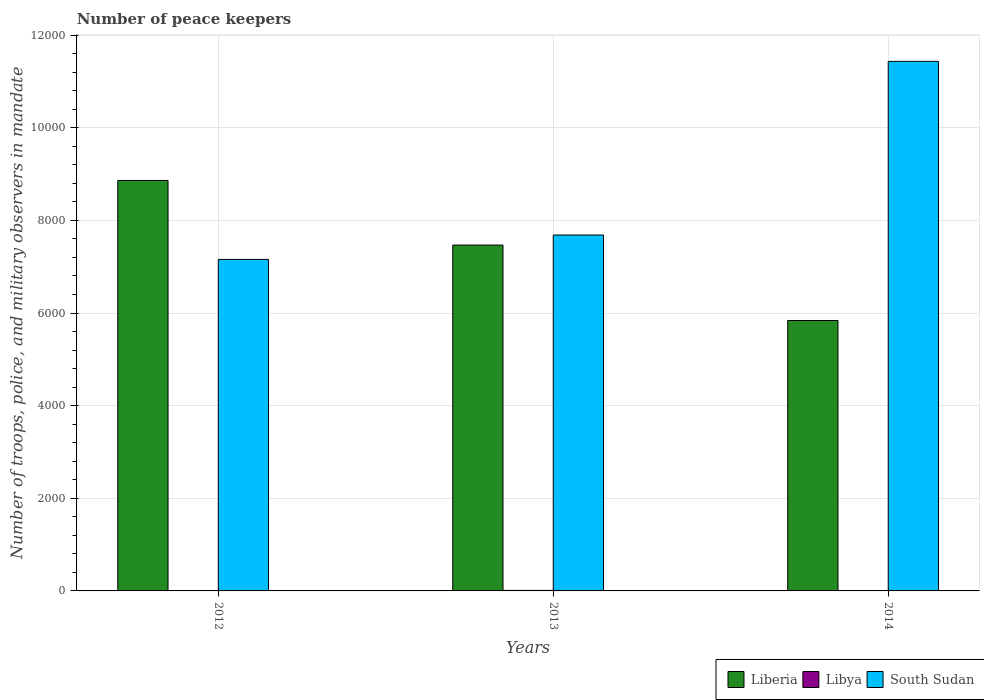
| Years | Liberia | Libya | South Sudan |
 | --- | --- | --- | --- |
 | 2012 | 8.86e+03 | 2 | 7.16e+03 |
 | 2013 | 7.47e+03 | 11 | 7.68e+03 |
 | 2014 | 5.84e+03 | 2 | 1.14e+04 |